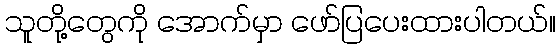
သူတို့တွေကို အောက်မှာ ဖော်ပြပေးထားပါတယ်။